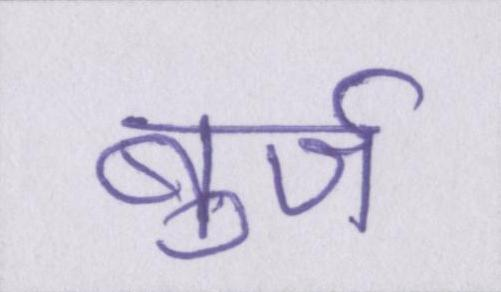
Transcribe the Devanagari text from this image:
बुर्ज